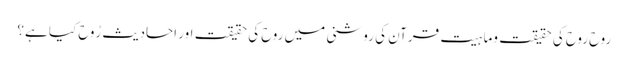
روح روح کی حقیقت وماہیت قرآن کی روشنی میں روح کی حقیقت اور احادیث رُوح کیا ہے؟